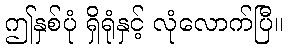
ဤနှစ်ပုံ ရှိရုံနှင့် လုံလောက်ပြီ။